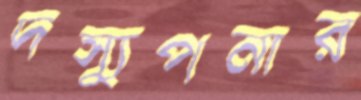
দস্যুপনার